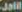
Jalil